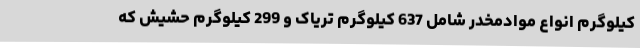
کیلوگرم انواع موادمخدر شامل 637 کیلوگرم تریاک و 299 کیلوگرم حشیش که